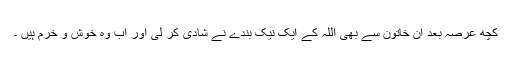
کچھ عرصہ بعد ان خاتون سے بھی اللہ کے ایک نیک بندے نے شادی کر لی اور اب وہ خوش و خرم ہیں ۔